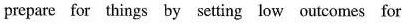
prepare for things by setting low outcomes for